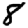
Digit: 8